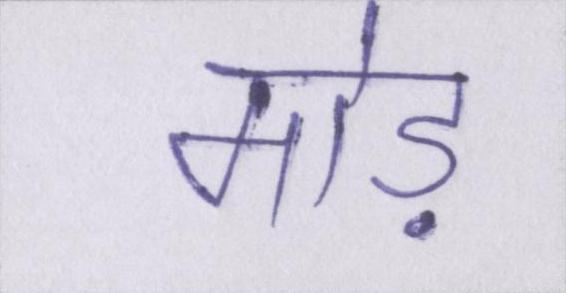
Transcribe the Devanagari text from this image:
मोड़